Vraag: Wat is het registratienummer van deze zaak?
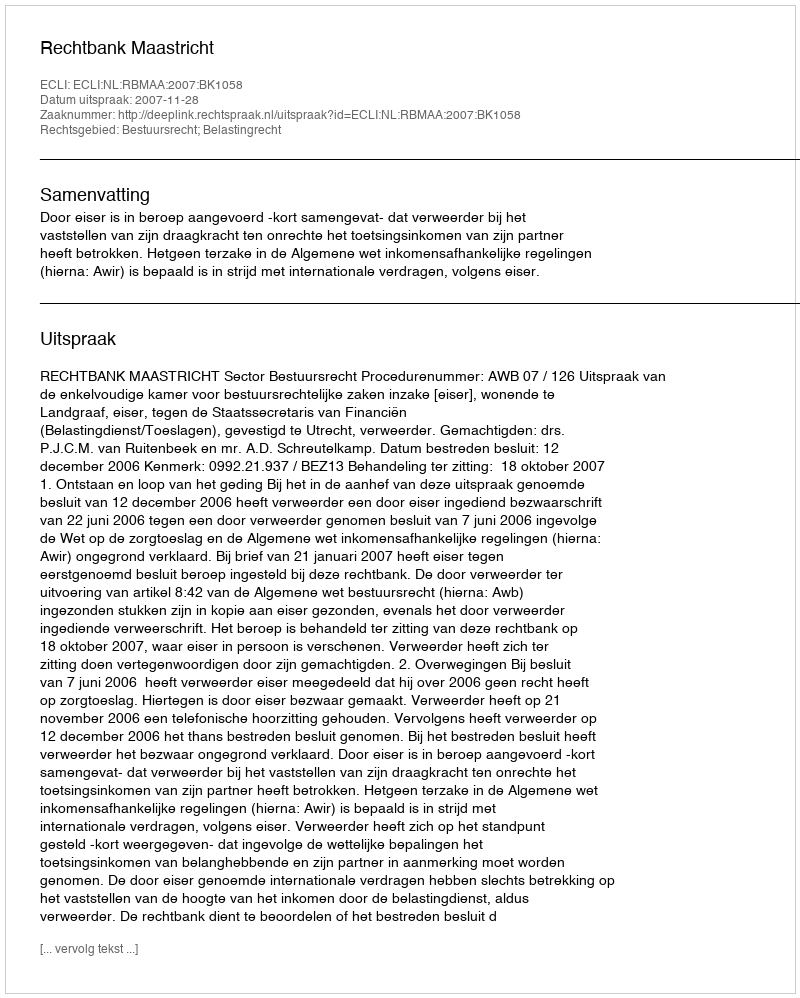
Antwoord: http://deeplink.rechtspraak.nl/uitspraak?id=ECLI:NL:RBMAA:2007:BK1058